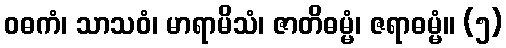
ဝဓကံ၊ သာသဝံ၊ မာရာမိသံ၊ ဇာတိဓမ္မံ၊ ဇရာဓမ္မံ။ (၅)